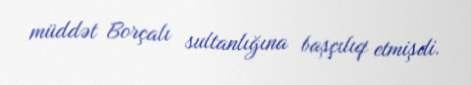
müddət Borçalı sultanlığına başçılıq etmişdi.